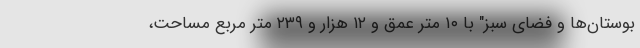
بوستان‌ها و فضای سبز" با ۱۰ متر عمق و ۱۲ هزار و ۲۳۹ متر مربع مساحت،